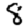
Digit: 8